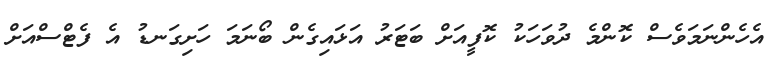
އެހެންނަމަވެސް ކޮންމެ ދުވަހަކު ކޮފީއަށް ބަޓަރު އަޅައިގެން ބޯނަމަ ހަށިގަނޑު އެ ފެޓްސްއަށް